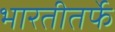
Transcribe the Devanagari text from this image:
भारतीतर्फे